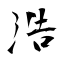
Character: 浩